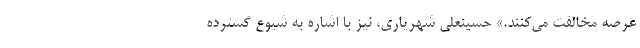
عرصه مخالفت می‌کنند.» حسینعلی شهریاری، نیز با اشاره به شیوع گسترده